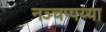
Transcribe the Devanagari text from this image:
नञ्चप्पय्या